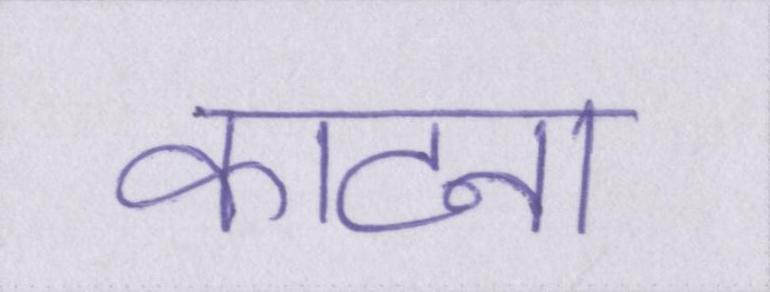
काटना